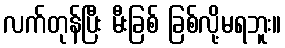
လက်တုန်ပြီး မီးခြစ် ခြစ်လို့မရဘူး။